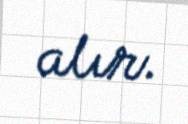
alır.